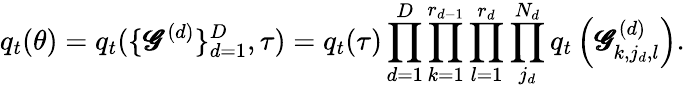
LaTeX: q_{t}(\mathbf{\theta})=q_{t}(\{ \pmb{\mathscr{G}}^{(d)}\} _{d=1}^{D},\tau)=q_{t}(\tau)\prod_{d=1}^{D}\prod_{k=1}^{r_{d-1}}\prod_{l=1}^{r_{d}}\prod_{j_{d}}^{N_{d}}q_{t}\left(\pmb{\mathscr{G}}_{k,j_{d},l}^{(d)}\right).